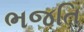
ભજતિ